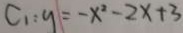
C _ { 1 } : y = - x ^ { 2 } - 2 x + 3